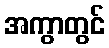
အကွာတွင်